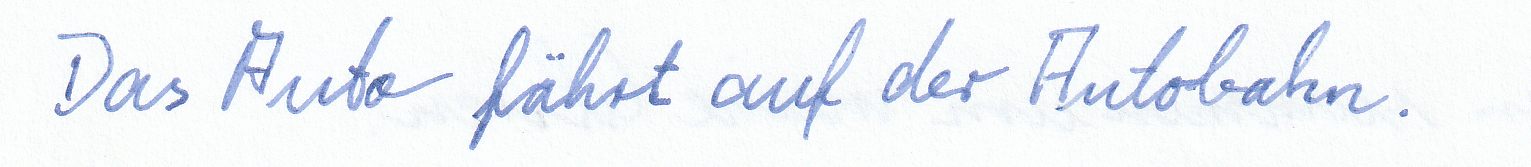
Das Auto fährt auf der Autobahn.